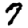
Digit: 7